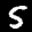
Label: 5